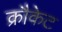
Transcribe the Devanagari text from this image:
क्रौकेट